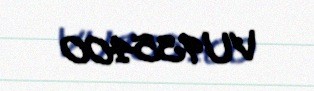
VU935400